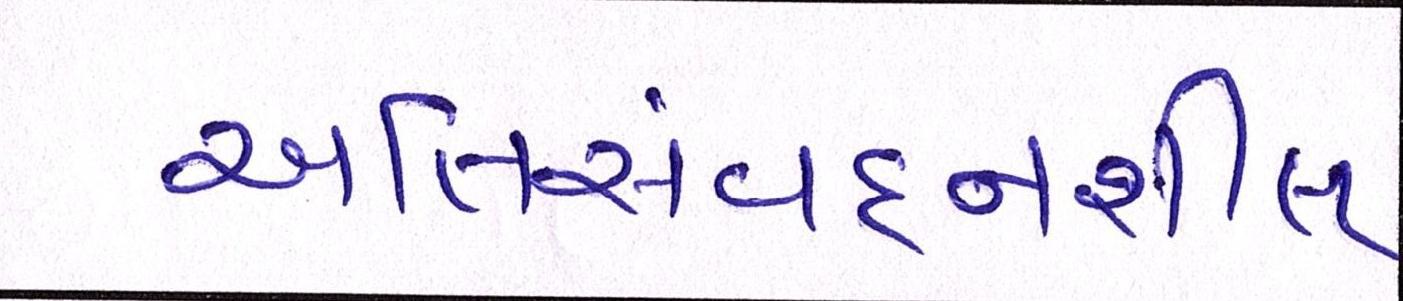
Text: અતિસંવદનશીલ